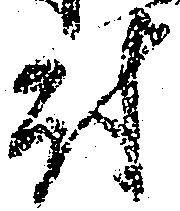
尉